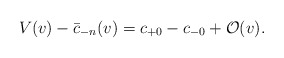
\begin{align*} V(v)-\bar{c}_{-n}(v)=c_{+0}-c_{-0}+\mathcal{O}(v).\end{align*}